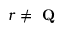
r \neq { \textbf { Q } }